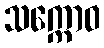
သက္ကောဝ